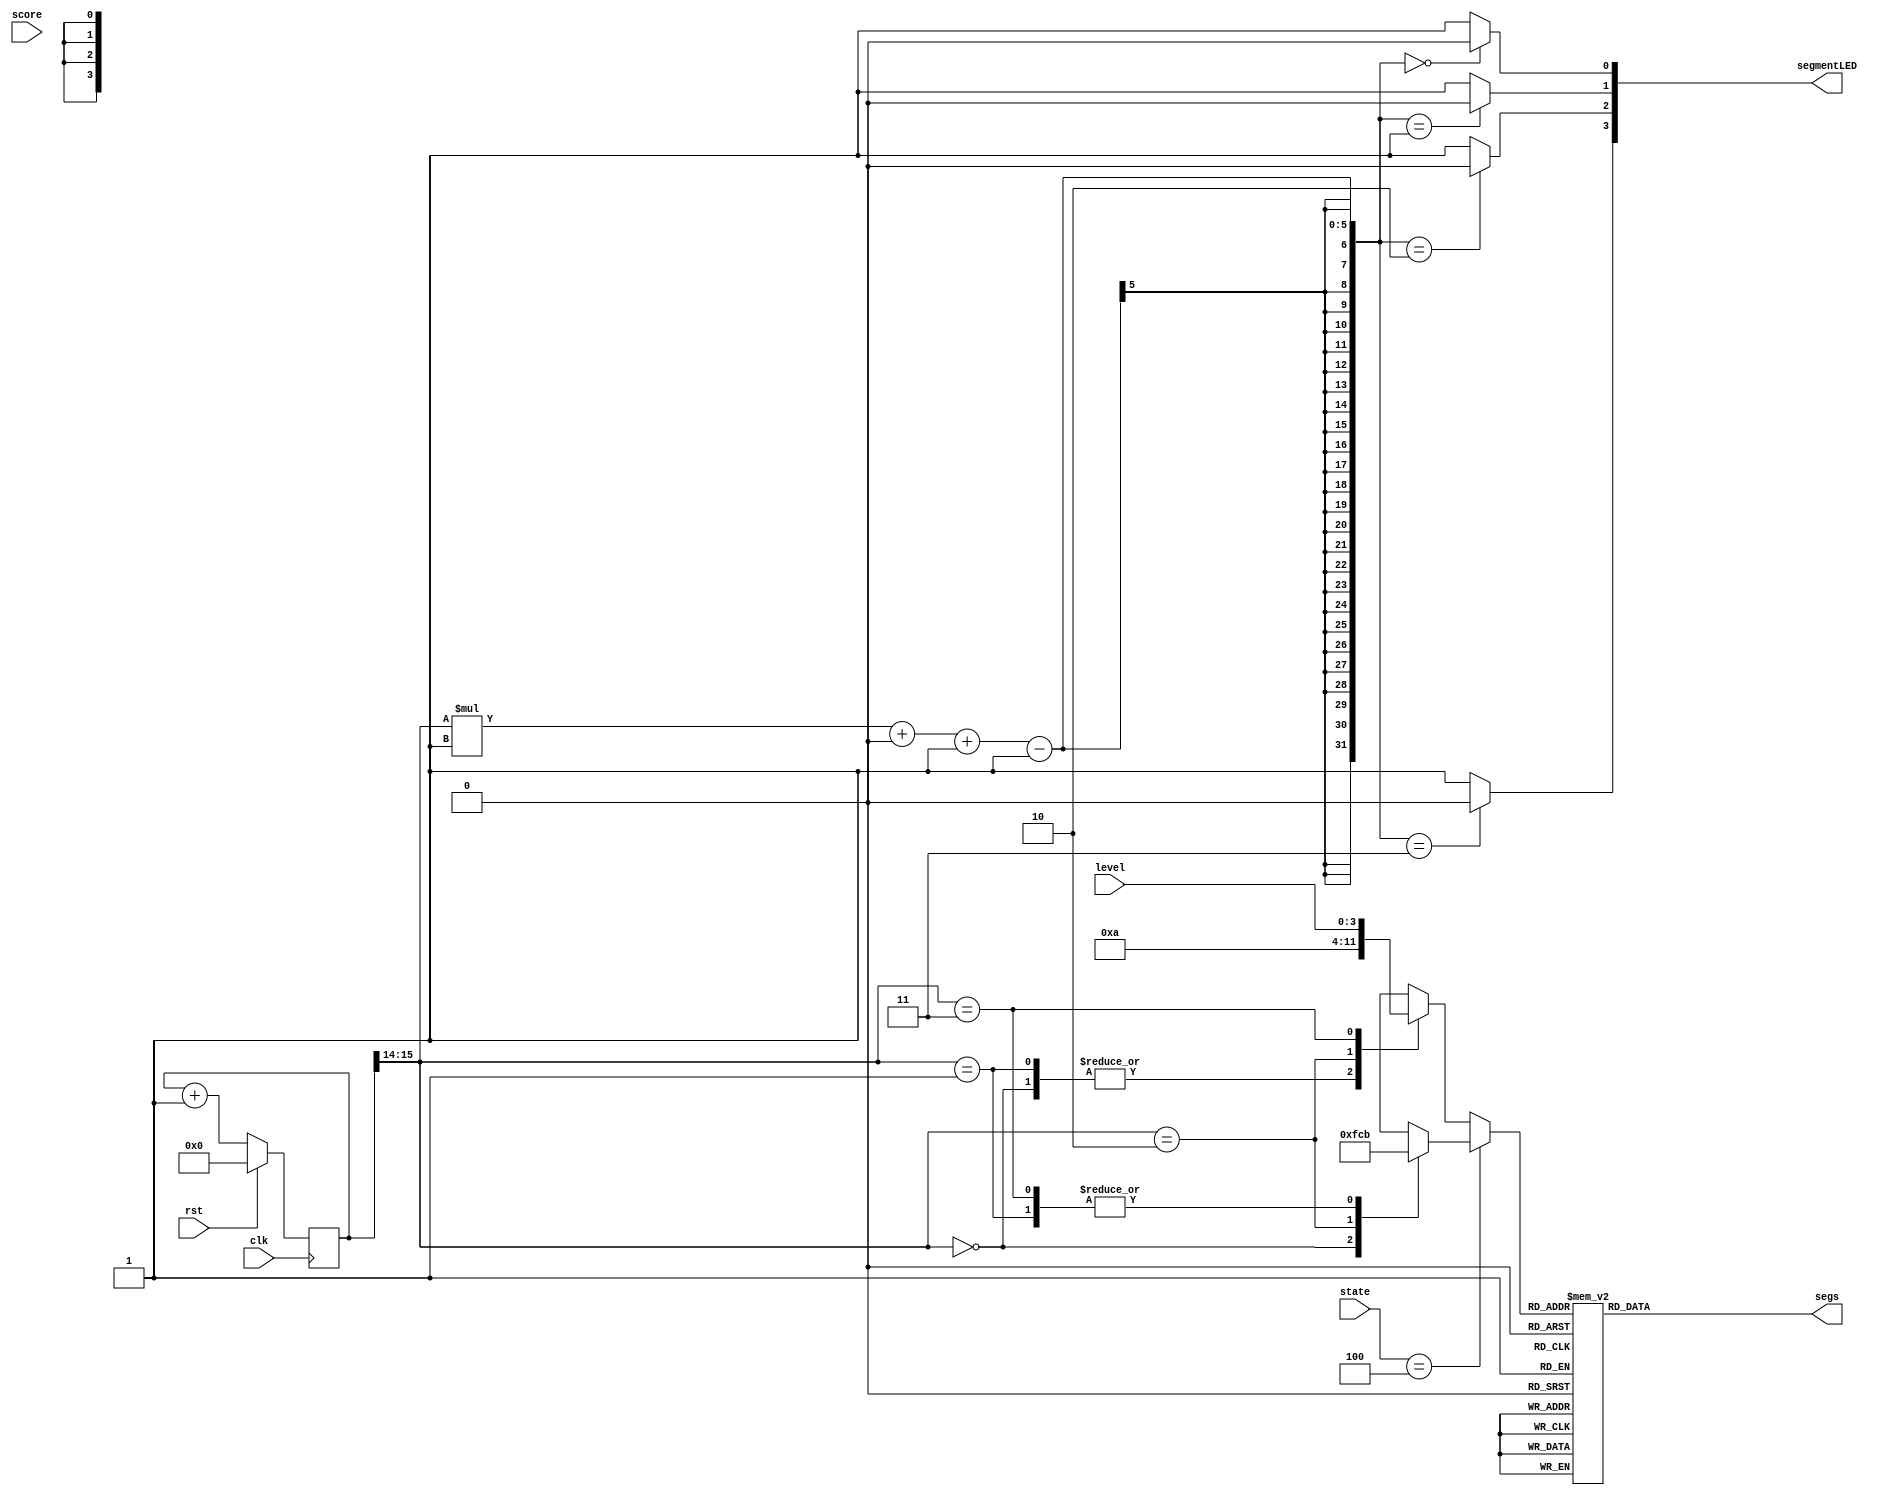
/*
   This file was generated automatically by the Mojo IDE version B1.3.5.
   Do not edit this file directly. Instead edit the original Lucid source.
   This is a temporary file and any changes made to it will be destroyed.
*/

module seven_seg_4 (
    input clk,
    input rst,
    input [2:0] state,
    input [3:0] score,
    input [3:0] level,
    output reg [6:0] segs,
    output reg [3:0] segmentLED
  );
  
  
  
  reg [29:0] M_counter_d, M_counter_q = 1'h0;
  
  reg [1:0] n;
  
  reg [3:0] char;
  
  always @* begin
    M_counter_d = M_counter_q;
    
    n = M_counter_q[14+1-:2];
    M_counter_d = M_counter_q + 1'h1;
    segmentLED[0+3-:4] = 4'hf;
    segmentLED[(n)*1+0-:1] = 1'h0;
    if (state == 3'h4) begin
      
      case (n)
        1'h0: begin
          char = 4'hf;
        end
        1'h1: begin
          char = 4'hb;
        end
        2'h2: begin
          char = 4'hc;
        end
        2'h3: begin
          char = 4'hb;
        end
      endcase
    end else begin
      
      case (n)
        1'h0: begin
          char = 1'h0;
        end
        1'h1: begin
          char = 1'h0;
        end
        2'h2: begin
          char = 4'ha;
        end
        2'h3: begin
          char = level;
        end
        default: begin
          char = 1'h0;
        end
      endcase
    end
    
    case (char)
      1'h0: begin
        segs = 7'h3f;
      end
      1'h1: begin
        segs = 7'h06;
      end
      2'h2: begin
        segs = 7'h5b;
      end
      2'h3: begin
        segs = 7'h4f;
      end
      3'h4: begin
        segs = 7'h66;
      end
      3'h5: begin
        segs = 7'h6d;
      end
      3'h6: begin
        segs = 7'h7d;
      end
      3'h7: begin
        segs = 7'h07;
      end
      4'h8: begin
        segs = 7'h7f;
      end
      4'h9: begin
        segs = 7'h67;
      end
      4'ha: begin
        segs = 7'h38;
      end
      4'hb: begin
        segs = 7'h6e;
      end
      4'hc: begin
        segs = 7'h77;
      end
      4'hf: begin
        segs = 7'h00;
      end
      default: begin
        segs = 7'h7f;
      end
    endcase
  end
  
  always @(posedge clk) begin
    if (rst == 1'b1) begin
      M_counter_q <= 1'h0;
    end else begin
      M_counter_q <= M_counter_d;
    end
  end
  
endmodule